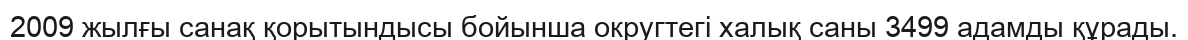
2009 жылғы санақ қорытындысы бойынша округтегі халық саны 3499 адамды құрады.